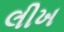
લીખ